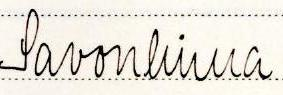
Savonlinna